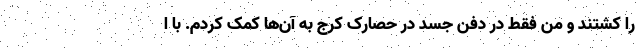
را کشتند و من فقط در دفن جسد در حصارک کرج به آن‌ها کمک کردم. با ا